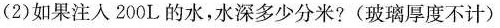
(2)如果注入200L的水，水深多少分米?(玻璃厚度不计)